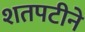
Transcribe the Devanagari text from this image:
शतपटीने